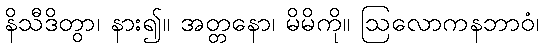
နိသီဒိတွာ၊ နား၍။ အတ္တနော၊ မိမိကို။ ဩလောကနဘာဝံ၊